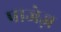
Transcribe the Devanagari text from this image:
पाजेज़